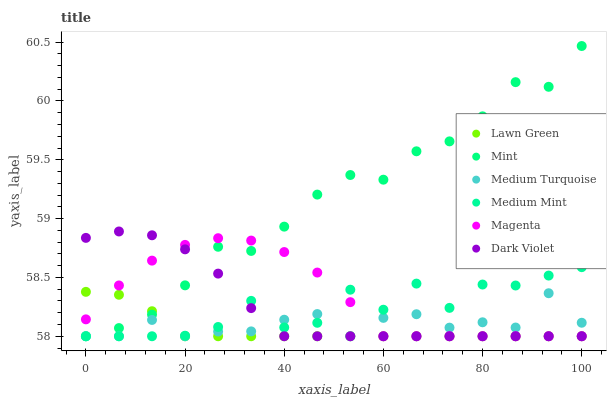
| xaxis_label | Lawn Green | Mint | Medium Turquoise | Medium Mint | Magenta | Dark Violet |
 | --- | --- | --- | --- | --- | --- | --- |
 | 0 | 58.4 | 58 | 58 | 58 | 58.1 | 58.8 |
 | 6.67 | 58.4 | 58.1 | 58 | 58 | 58.4 | 58.9 |
 | 13.3 | 58.2 | 58.2 | 58.1 | 58 | 58.6 | 58.9 |
 | 20 | 58 | 58.4 | 58 | 58 | 58.8 | 58.7 |
 | 26.7 | 58 | 58.8 | 58 | 58.1 | 58.8 | 58.5 |
 | 33.3 | 58 | 58.7 | 58 | 58.3 | 58.8 | 58.2 |
 | 40 | 58 | 58.9 | 58.1 | 58.1 | 58.7 | 58 |
 | 46.7 | 58 | 59.2 | 58.2 | 58.1 | 58.5 | 58 |
 | 53.3 | 58 | 59.4 | 58 | 58.4 | 58.3 | 58 |
 | 60 | 58 | 59.3 | 58.2 | 58.2 | 58 | 58 |
 | 66.7 | 58 | 59.6 | 58.2 | 58.4 | 58 | 58 |
 | 73.3 | 58 | 59.7 | 58.1 | 58.2 | 58 | 58 |
 | 80 | 58 | 59.9 | 58.1 | 58.4 | 58 | 58 |
 | 86.7 | 58 | 60.2 | 58.1 | 58.4 | 58 | 58 |
 | 93.3 | 58 | 60.1 | 58.4 | 58.5 | 58 | 58 |
 | 100 | 58 | 60.5 | 58.1 | 58.6 | 58 | 58 |